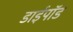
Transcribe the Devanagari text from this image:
डाईपॉड